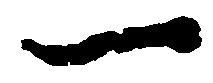
一